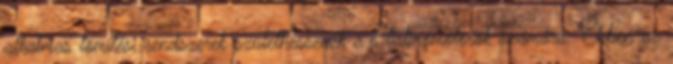
alkalmas tömítési rendszerek születhessenek a Stirlingmotorok számára. Ebben az